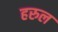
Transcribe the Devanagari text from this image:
हरुल